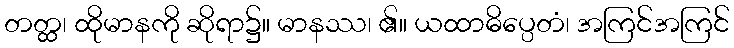
တတ္ထ၊ ထိုမာနကို ဆိုရာ၌။ မာနဿ၊ ၏။ ယထာဓိပ္ပေတံ၊ အကြင်အကြင်